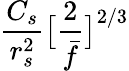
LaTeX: \frac{C_{s}}{r_{s}^{2}}\big[\frac{2}{\bar{f}}\big]^{2/3}